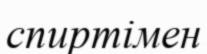
спиртімен